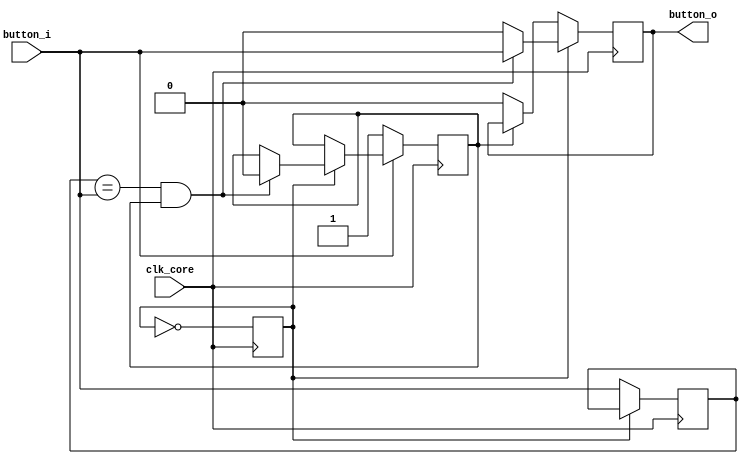
module button_anti_tremble(
    clk_core,button_i,button_o
);
input clk_core;
input button_i;
output button_o;
reg tmp=1'b0;
reg count=1'b0;
reg button_o=1'b0 ;
reg flag=1'b1;
//flag0//
always @(posedge clk_core) begin
    if(!count)begin
        tmp<=button_i;
        count<=~count;
        if(!flag) button_o<=1'b0;
        else ;
    end
    else begin
        if(tmp==button_i&&flag)begin
            button_o<=button_i;
            if(button_i)begin
                flag<=1'b0;
            end
            else ;
        end
        else begin
            button_o<=1'b0;
        end
        count<=~count ;
    end
    if(~button_i)begin
        flag<=1'b1;
    end
    else ;
end
endmodule